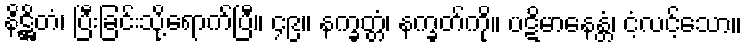
နိဋ္ဌိတံ၊ ပြီးခြင်းသို့ရောက်ပြီ။ ၄၉။ နက္ခတ္တံ၊ နက္ခတ်ကို။ ပဋိမာနေန္တံ၊ ငံ့လင့်သော။